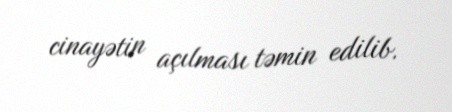
cinayətin açılması təmin edilib.